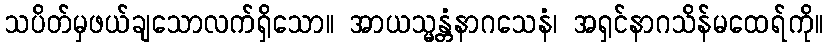
သပိတ်မှဖယ်ချသောလက်ရှိသော။ အာယသ္မန္တံနာဂသေနံ၊ အရှင်နာဂသိန်မထေရ်ကို။